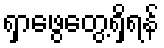
ရှာဖွေတွေ့ရှိရန်